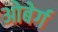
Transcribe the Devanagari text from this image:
ओबेर्ग